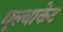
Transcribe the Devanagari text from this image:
एल्बाकेट